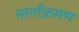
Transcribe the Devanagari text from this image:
मार्गाक्रमण